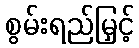
စွမ်းရည်မြှင့်